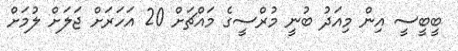
ބީބީސީ އިން މިއަދު ބުނީ މުރްސީގެ މައްޗަށް 20 އަހަރަށް ޖަލަށް ލުމަށް